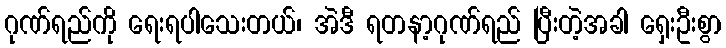
ဂုဏ်ရည်ကို ရေးရပါသေးတယ်၊ အဲဒီ ရတနာ့ဂုဏ်ရည် ပြီးတဲ့အခါ ရှေးဦးစွာ